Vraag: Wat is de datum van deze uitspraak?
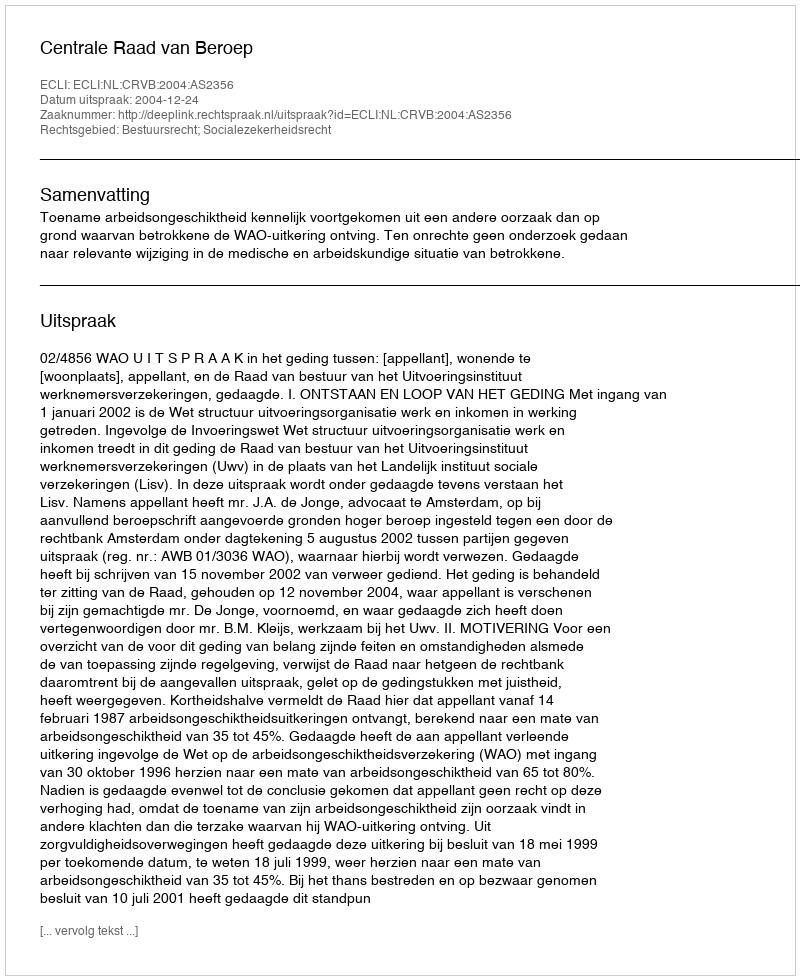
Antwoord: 2004-12-24